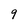
Character: 9